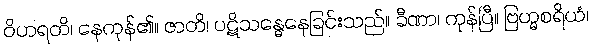
ဝိဟရတိ၊ နေကုန်၏။ ဇာတိ၊ ပဋိသန္ဓေနေခြင်းသည်။ ခီဏာ၊ ကုန်ပြီ။ ဗြဟ္မစရိယံ၊